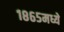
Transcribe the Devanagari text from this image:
१८६५मध्ये